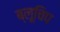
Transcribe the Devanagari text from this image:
ब्लूचिप